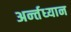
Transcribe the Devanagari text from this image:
अर्न्‍तध्‍यान